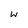
Character: w